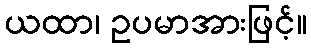
ယထာ၊ ဥပမာအားဖြင့်။